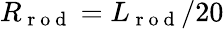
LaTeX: R_{\mathrm{~r~o~d~}}=L_{\mathrm{~r~o~d~}}/20